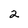
Character: 2